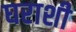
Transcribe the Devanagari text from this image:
घराशी